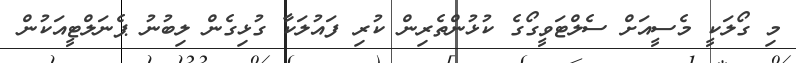
މި ގޯލަކީ މެސީއަށް ސެލްޓަވީގޯގެ ކުޅުންތެރިން ކުރި ފައުލަކާ ގުޅިގެން ލިބުނު ޕެނަލްޓީއަކުން